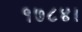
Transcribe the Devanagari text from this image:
१७८४।